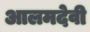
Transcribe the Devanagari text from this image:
आलमदेवी